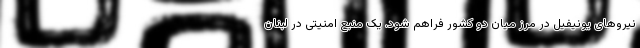
نیروهای یونیفیل در مرز میان دو کشور فراهم شود. یک منبع امنیتی در لبنان